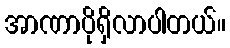
အာဏာပိုရှိလာပါတယ်။